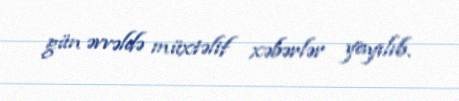
gün əvvəldə müxtəlif xəbərlər yayılıb.